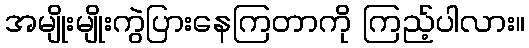
အမျိုးမျိုးကွဲပြားနေကြတာကို ကြည့်ပါလား။